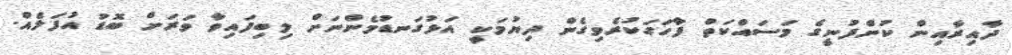
ދާއިރާއިން ކުންފުނީގެ މަސައްކަތް ފާހަގަކުރެވިގެން ދިޔުމަކީ އަޅުގަނޑުމެންނަށް ލިބިފައިވާ ވަރަށް ބޮޑު އުފަލެއް.